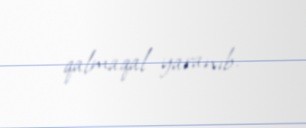
qalmaqal yaranıb.